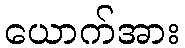
ယောက်အား